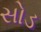
સોડ